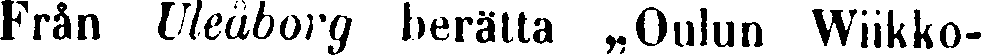
Från Uleåborg berätta „Oulun Wiikko-